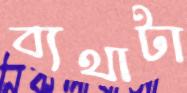
ব্যথাটা